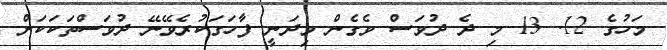
މަހުގެ 12. 13 މި ދެ ދުވަސް ވެގެން މިދަނީ ފާހަގަކުރެވޭނޭ ދުވަސްތަކަކަށް